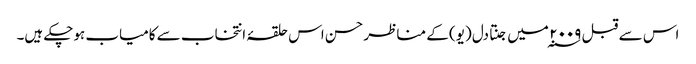
اس سے قبل ۲۰۰۹ ؁ میں جنتا دل (یو) کے مناظر حسن اس حلقۂ انتخاب سے کامیاب ہوچکے ہیں۔